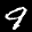
Label: 9